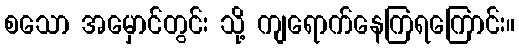
စသော အမှောင်တွင်း သို့ ကျရောက်နေကြရကြောင်း။